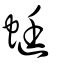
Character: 蜓